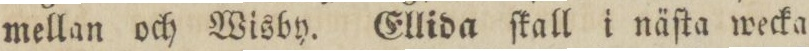
mellan och Wisby. Ellida ſkall i näſta wecka